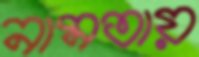
নামতায়